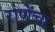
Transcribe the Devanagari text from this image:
राणेंचा